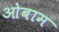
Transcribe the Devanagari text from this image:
ओबाम